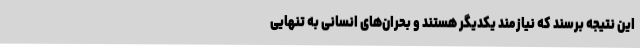
این نتیجه برسند که نیازمند یکدیگر هستند و بحران‌های انسانی به تنهایی